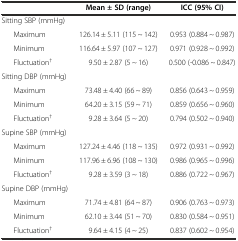
<table><thead><tr><td></td><td><b>Mean ± SD (range)</b></td><td><b>ICC (95% CI)</b></td></tr></thead><tbody><tr><td>Sitting SBP (mmHg)</td><td></td><td></td></tr><tr><td>Maximum</td><td>126.14 ± 5.11 (115 ~ 142)</td><td>0.953 (0.884 ~ 0.987)</td></tr><tr><td>Minimum</td><td>116.64 ± 5.97 (107 ~ 127)</td><td>0.971 (0.928 ~ 0.992)</td></tr><tr><td>Fluctuation<sup>†</sup></td><td>9.50 ± 2.87 (5 ~ 16)</td><td>0.500 (-0.086 ~ 0.847)</td></tr><tr><td>Sitting DBP (mmHg)</td><td></td><td></td></tr><tr><td>Maximum</td><td>73.48 ± 4.40 (66 ~ 89)</td><td>0.856 (0.643 ~ 0.959)</td></tr><tr><td>Minimum</td><td>64.20 ± 3.15 (59 ~ 71)</td><td>0.859 (0.656 ~ 0.960)</td></tr><tr><td>Fluctuation<sup>†</sup></td><td>9.28 ± 3.64 (5 ~ 20)</td><td>0.794 (0.502 ~ 0.940)</td></tr><tr><td>Supine SBP (mmHg)</td><td></td><td></td></tr><tr><td>Maximum</td><td>127.24 ± 4.46 (118 ~ 135)</td><td>0.972 (0.931 ~ 0.992)</td></tr><tr><td>Minimum</td><td>117.96 ± 6.96 (108 ~ 130)</td><td>0.986 (0.965 ~ 0.996)</td></tr><tr><td>Fluctuation<sup>†</sup></td><td>9.28 ± 3.59 (3 ~ 18)</td><td>0.886 (0.722 ~ 0.967)</td></tr><tr><td>Supine DBP (mmHg)</td><td></td><td></td></tr><tr><td>Maximum</td><td>71.74 ± 4.81 (64 ~ 87)</td><td>0.906 (0.763 ~ 0.973)</td></tr><tr><td>Minimum</td><td>62.10 ± 3.44 (51 ~ 70)</td><td>0.830 (0.584 ~ 0.951)</td></tr><tr><td>Fluctuation<sup>†</sup></td><td>9.64 ± 4.15 (4 ~ 25)</td><td>0.837 (0.602 ~ 0.954)</td></tr></tbody></table>